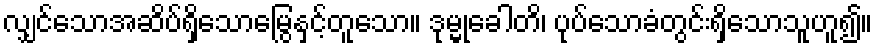
လျှင်သောအဆိပ်ရှိသောမြွေနှင့်တူသော။ ဒုမ္မုခေါတိ၊ ပုပ်သောခံတွင်းရှိသောသူဟူ၍။